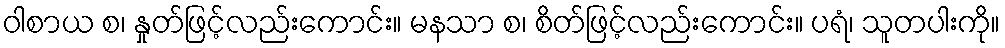
ဝါစာယ စ၊ နှုတ်ဖြင့်လည်းကောင်း။ မနသာ စ၊ စိတ်ဖြင့်လည်းကောင်း။ ပရံ၊ သူတပါးကို။